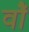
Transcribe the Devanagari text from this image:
वॉै